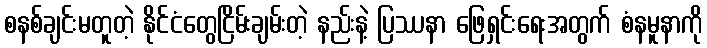
စနစ်ချင်းမတူတဲ့ နိုင်ငံတွေငြိမ်းချမ်းတဲ့ နည်းနဲ့ ပြဿနာ ဖြေရှင်းရေးအတွက် စံနမူနာကို